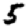
Digit: 5